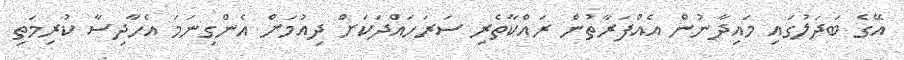
އޭގެ ބަދަލުގައި މައިދާނުން އެއްފަރާތުން ރައްކާތެރި ސަރަހައްދަކަށް ދިއުމަށް އެންގިނަމަ އެހާދިސާ ކުރިމަތި